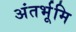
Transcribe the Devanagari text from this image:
अंतर्भूमि